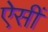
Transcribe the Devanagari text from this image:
ऐसीं